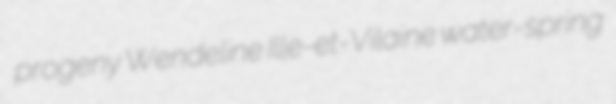
progeny Wendeline Ille-et-Vilaine water-spring